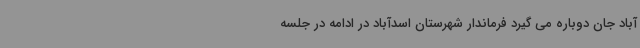
آباد جان دوباره می گیرد فرماندار شهرستان اسدآباد در ادامه در جلسه